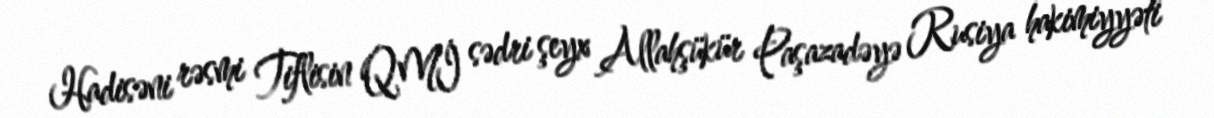
Hadisəni rəsmi Tiflisin QMİ sədri şeyx Allahşükür Paşazadəyə Rusiya hakimiyyəti